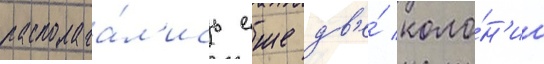
располага́л'ись еще дв'е́ коло́н'ии